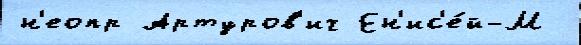
н'еопр Артуров'ич Ен'ис'е́й-М